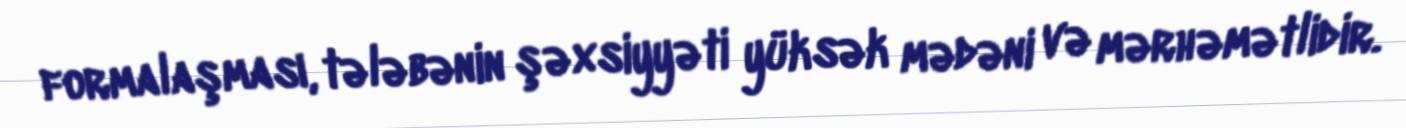
formalaşması, tələbənin şəxsiyyəti yüksək mədəni və mərhəmətlidir.